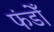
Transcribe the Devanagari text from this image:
फंडोँ